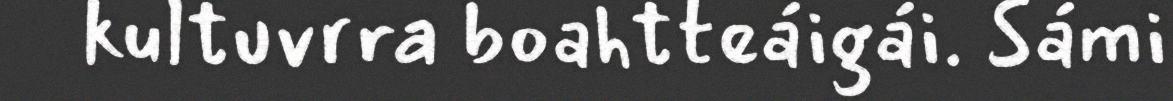
kultuvrra boahtteáigái. Sámi